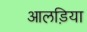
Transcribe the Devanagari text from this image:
आलड़िया